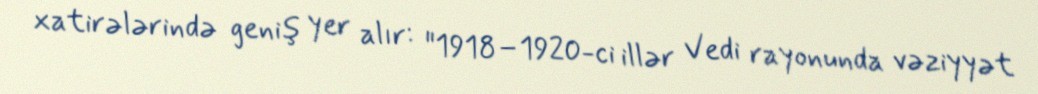
xatirələrində geniş yer alır: "1918–1920-ci illər Vedi rayonunda vəziyyət